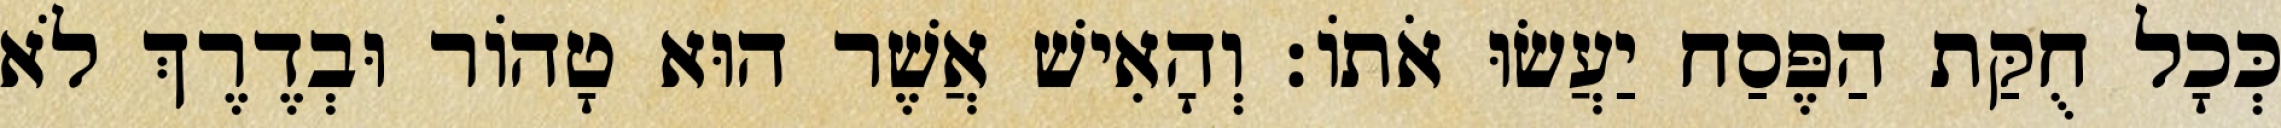
כְּכָל חֻקַּת הַפֶּסַח יַעֲשׂוּ אֹתוֹ׃ וְהָאִישׁ אֲשֶׁר הוּא טָהוֹר וּבְדֶרֶךְ לֹא